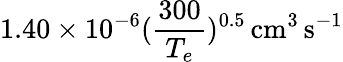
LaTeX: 1.40\times 10^{-6}(\frac{300}{T_{e}})^{0.5}\, \mathrm{cm^{3}\, s^{-1}}